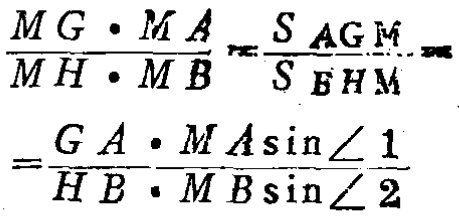
\[\frac{MG\cdot MA}{MH\cdot MB}=\frac{S_{AGM}}{S_{BHM}}=\frac{GA\cdot MA\sin\angle 1}{HB\cdot MB\sin\angle 2}\]